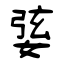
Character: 婱